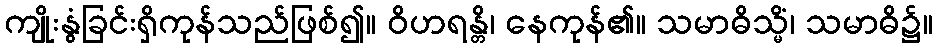
ကျိုးနွံခြင်းရှိကုန်သည်ဖြစ်၍။ ဝိဟရန္တိ၊ နေကုန်၏။ သမာဓိသ္မိံ၊ သမာဓိ၌။